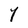
Character: Y